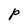
Character: P